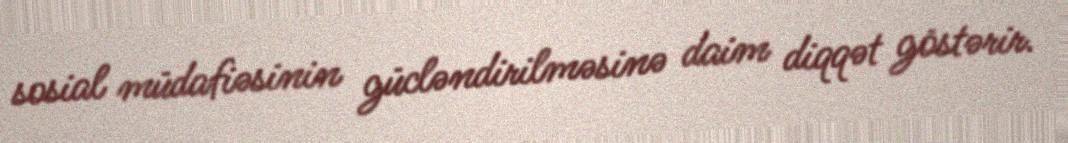
sosial müdafiəsinin gücləndirilməsinə daim diqqət göstərir.